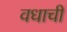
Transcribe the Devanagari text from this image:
वधाची